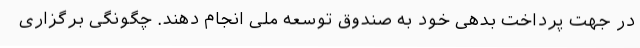
در جهت پرداخت بدهی خود به صندوق توسعه ملی انجام دهند. چگونگی برگزاری